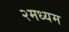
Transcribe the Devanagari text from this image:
२मध्यम